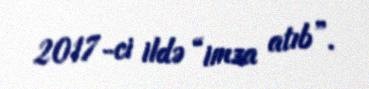
2017-ci ildə “imza atıb”.